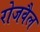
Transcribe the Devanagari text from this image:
रोजवैल